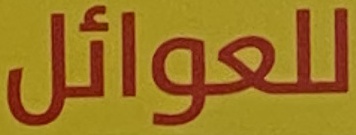
للعوائل